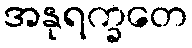
အနုရက္ခတေ